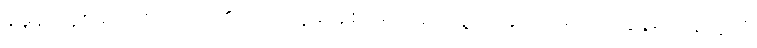
နမူနာယူစရာကောင်းလှ၏၊ ပြည်သူ့ဆန်စား၍ ပြည်သူ့အတွက် အသက်စွန့်၍ ရန်သူကို